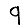
Digit: 9